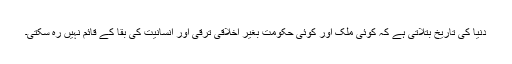
دنیا کی تاریخ بتلاتی ہے کہ کوئی ملک اور کوئی حکومت بغیر اخلاقی ترقی اور انسانیت کی بقا کے قائم نہیں رہ سکتی۔